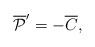
LaTeX: \begin{align*}{\overline {\cal P}}^\prime = - \overline C, \end{align*}